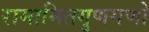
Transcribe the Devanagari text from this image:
रामामितगुणगणो